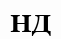
НД